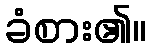
ခံစား၏။